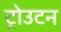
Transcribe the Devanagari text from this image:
ट्रोउटन